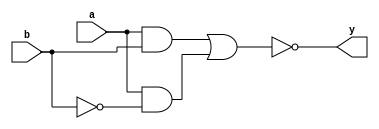
module XOR_gate (
    input a,
    input b,
    output y
);

wire w1, w2, w3;

and gate1(w1, a, b);
and gate2(w2, a, ~b);
or gate3(w3, w1, w2);
not gate4(y, w3);

endmodule